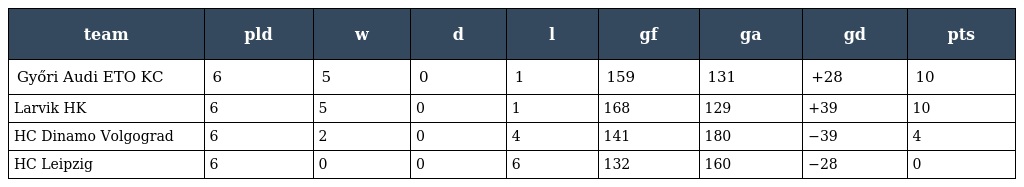
| team | pld | w | d | l | gf | ga | gd | pts |
 | --- | --- | --- | --- | --- | --- | --- | --- | --- |
 | Győri Audi ETO KC | 6 | 5 | 0 | 1 | 159 | 131 | +28 | 10 |
 | Larvik HK | 6 | 5 | 0 | 1 | 168 | 129 | +39 | 10 |
 | HC Dinamo Volgograd | 6 | 2 | 0 | 4 | 141 | 180 | −39 | 4 |
 | HC Leipzig | 6 | 0 | 0 | 6 | 132 | 160 | −28 | 0 |